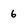
Character: 6